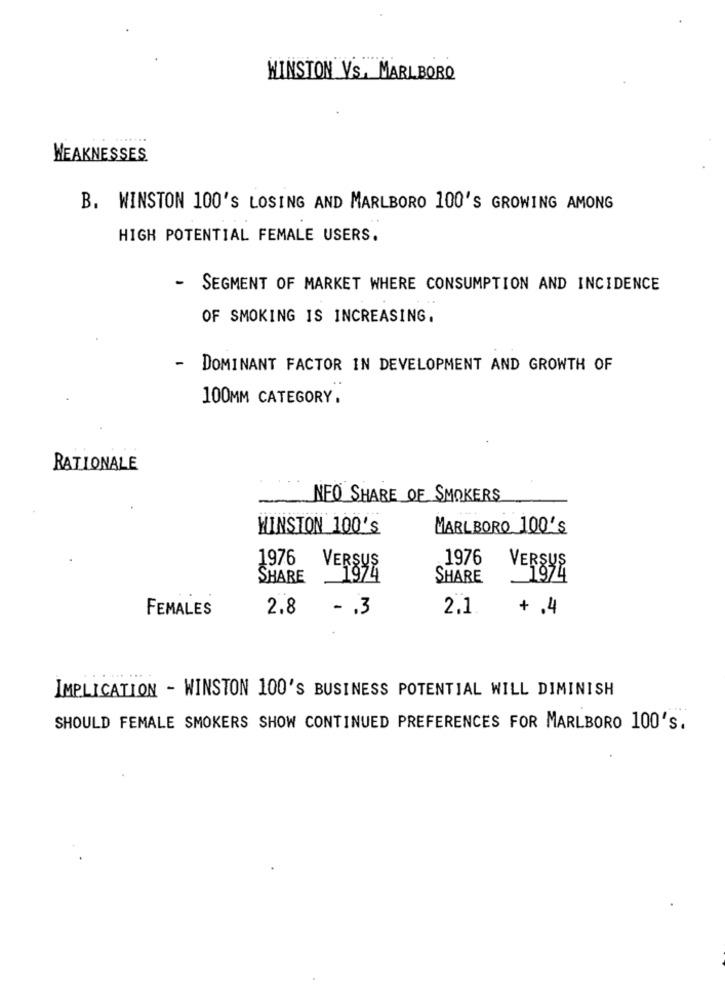
WINSTON Vs. MARLBORO
WEAKNESSES
B. WINSTON 100'S LOSING AND MARLBORO 100'S GROWING AMONG
HIGH POTENTIAL FEMALE USERS.
- SEGMENT OF MARKET WHERE CONSUMPTION AND INCIDENCE
OF SMOKING IS INCREASING.
DOMINANT FACTOR IN DEVELOPMENT AND GROWTH OF
100MM CATEGORY.
RATIONALE
NEO SHARE OF SMOKERS
WINSTON 100's
MARLBORO 100's
1976
1976
VERSUS
VERSUS
SHARE
SHARE
1-1874
FEMALES
2.8
- . 3
2.1
+ .4
IMPLICATION - WINSTON 100'S BUSINESS POTENTIAL WILL DIMINISH
SHOULD FEMALE SMOKERS SHOW CONTINUED PREFERENCES FOR MARLBORO 100's.